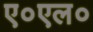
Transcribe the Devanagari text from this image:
ए०एल०